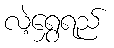
လဲ့ရွှေရည်